Annual report on the working of the Harcourt Butler Institute of Public Health, Rangoon
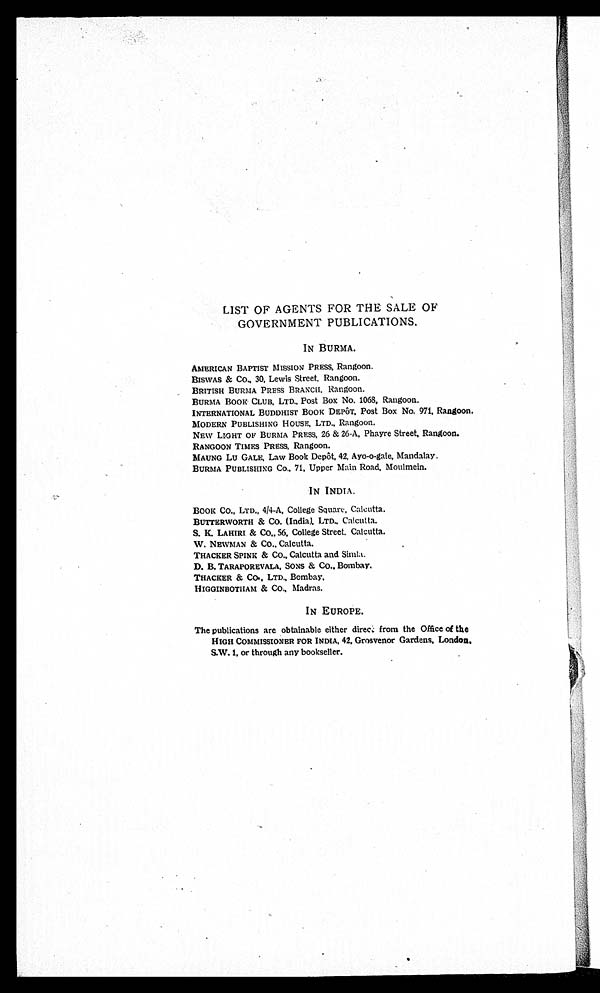
LIST OF AGENTS FOR THE SALE OF
GOVERNMENT PUBLICATIONS.
IN BURMA.
AMERICAN BAPTIST MISSION PRESS, Rangoon.
BISWAS & Co., 30, Lewis Street, Rangoon.
BRITISH BURMA PRESS BRANCH, Rangoon.
BURMA Boox CLUB, LTD., Post Box No. 1068, Rangoon.
INTERNATIONAL BUDDHIST BOOK DEPOT, Post Box No. 971, Rangoon.
MODERN PUBLISHING HOUSE, LTD., Rangoon.
NEW L/GHT OF BURMA PRESS, 26 & 26-A, Phayre Street, Rangoon.
RANGOON TIMES PRESS, Rangoon.
MAUNG Lu GALE, Law Book Depot, 42, Ayo-o-gale, Mandalay.
BURMA PUBLISHING Co., 71, Upper Main Road, Moulmein.
IN INDIA.
BOOK Co., LTD., 4/4-A, College Square, Calcutta.
BUTTERWORTH & CO. (India), LTD., Calcutta.
S. K. LAHIRI & CO„ 56, College Street. Calcutta.
W. NEWbIAN & CO., Calcutta.
THACKER SPINE' & CO., Calcutta and Simla.
D. B. TARAPOREVALA, SONS & CO., Bombay.
THACKER & CO., LTD., Bombay.
HIGGINBOTHAM & CO., Madras.
IN EUROPE.
The publications are obtainable either dire& from the Office of the
HIGH COMMISSIONER FOR INDIA, 42, Grosvenor Gardens, London,
S.W. 1. or through any bookseller.